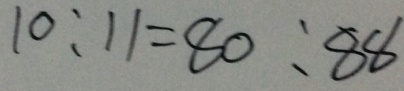
1 0 : 1 1 = 8 0 : 8 8